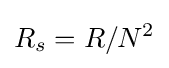
R_{s}=R/N^{2}